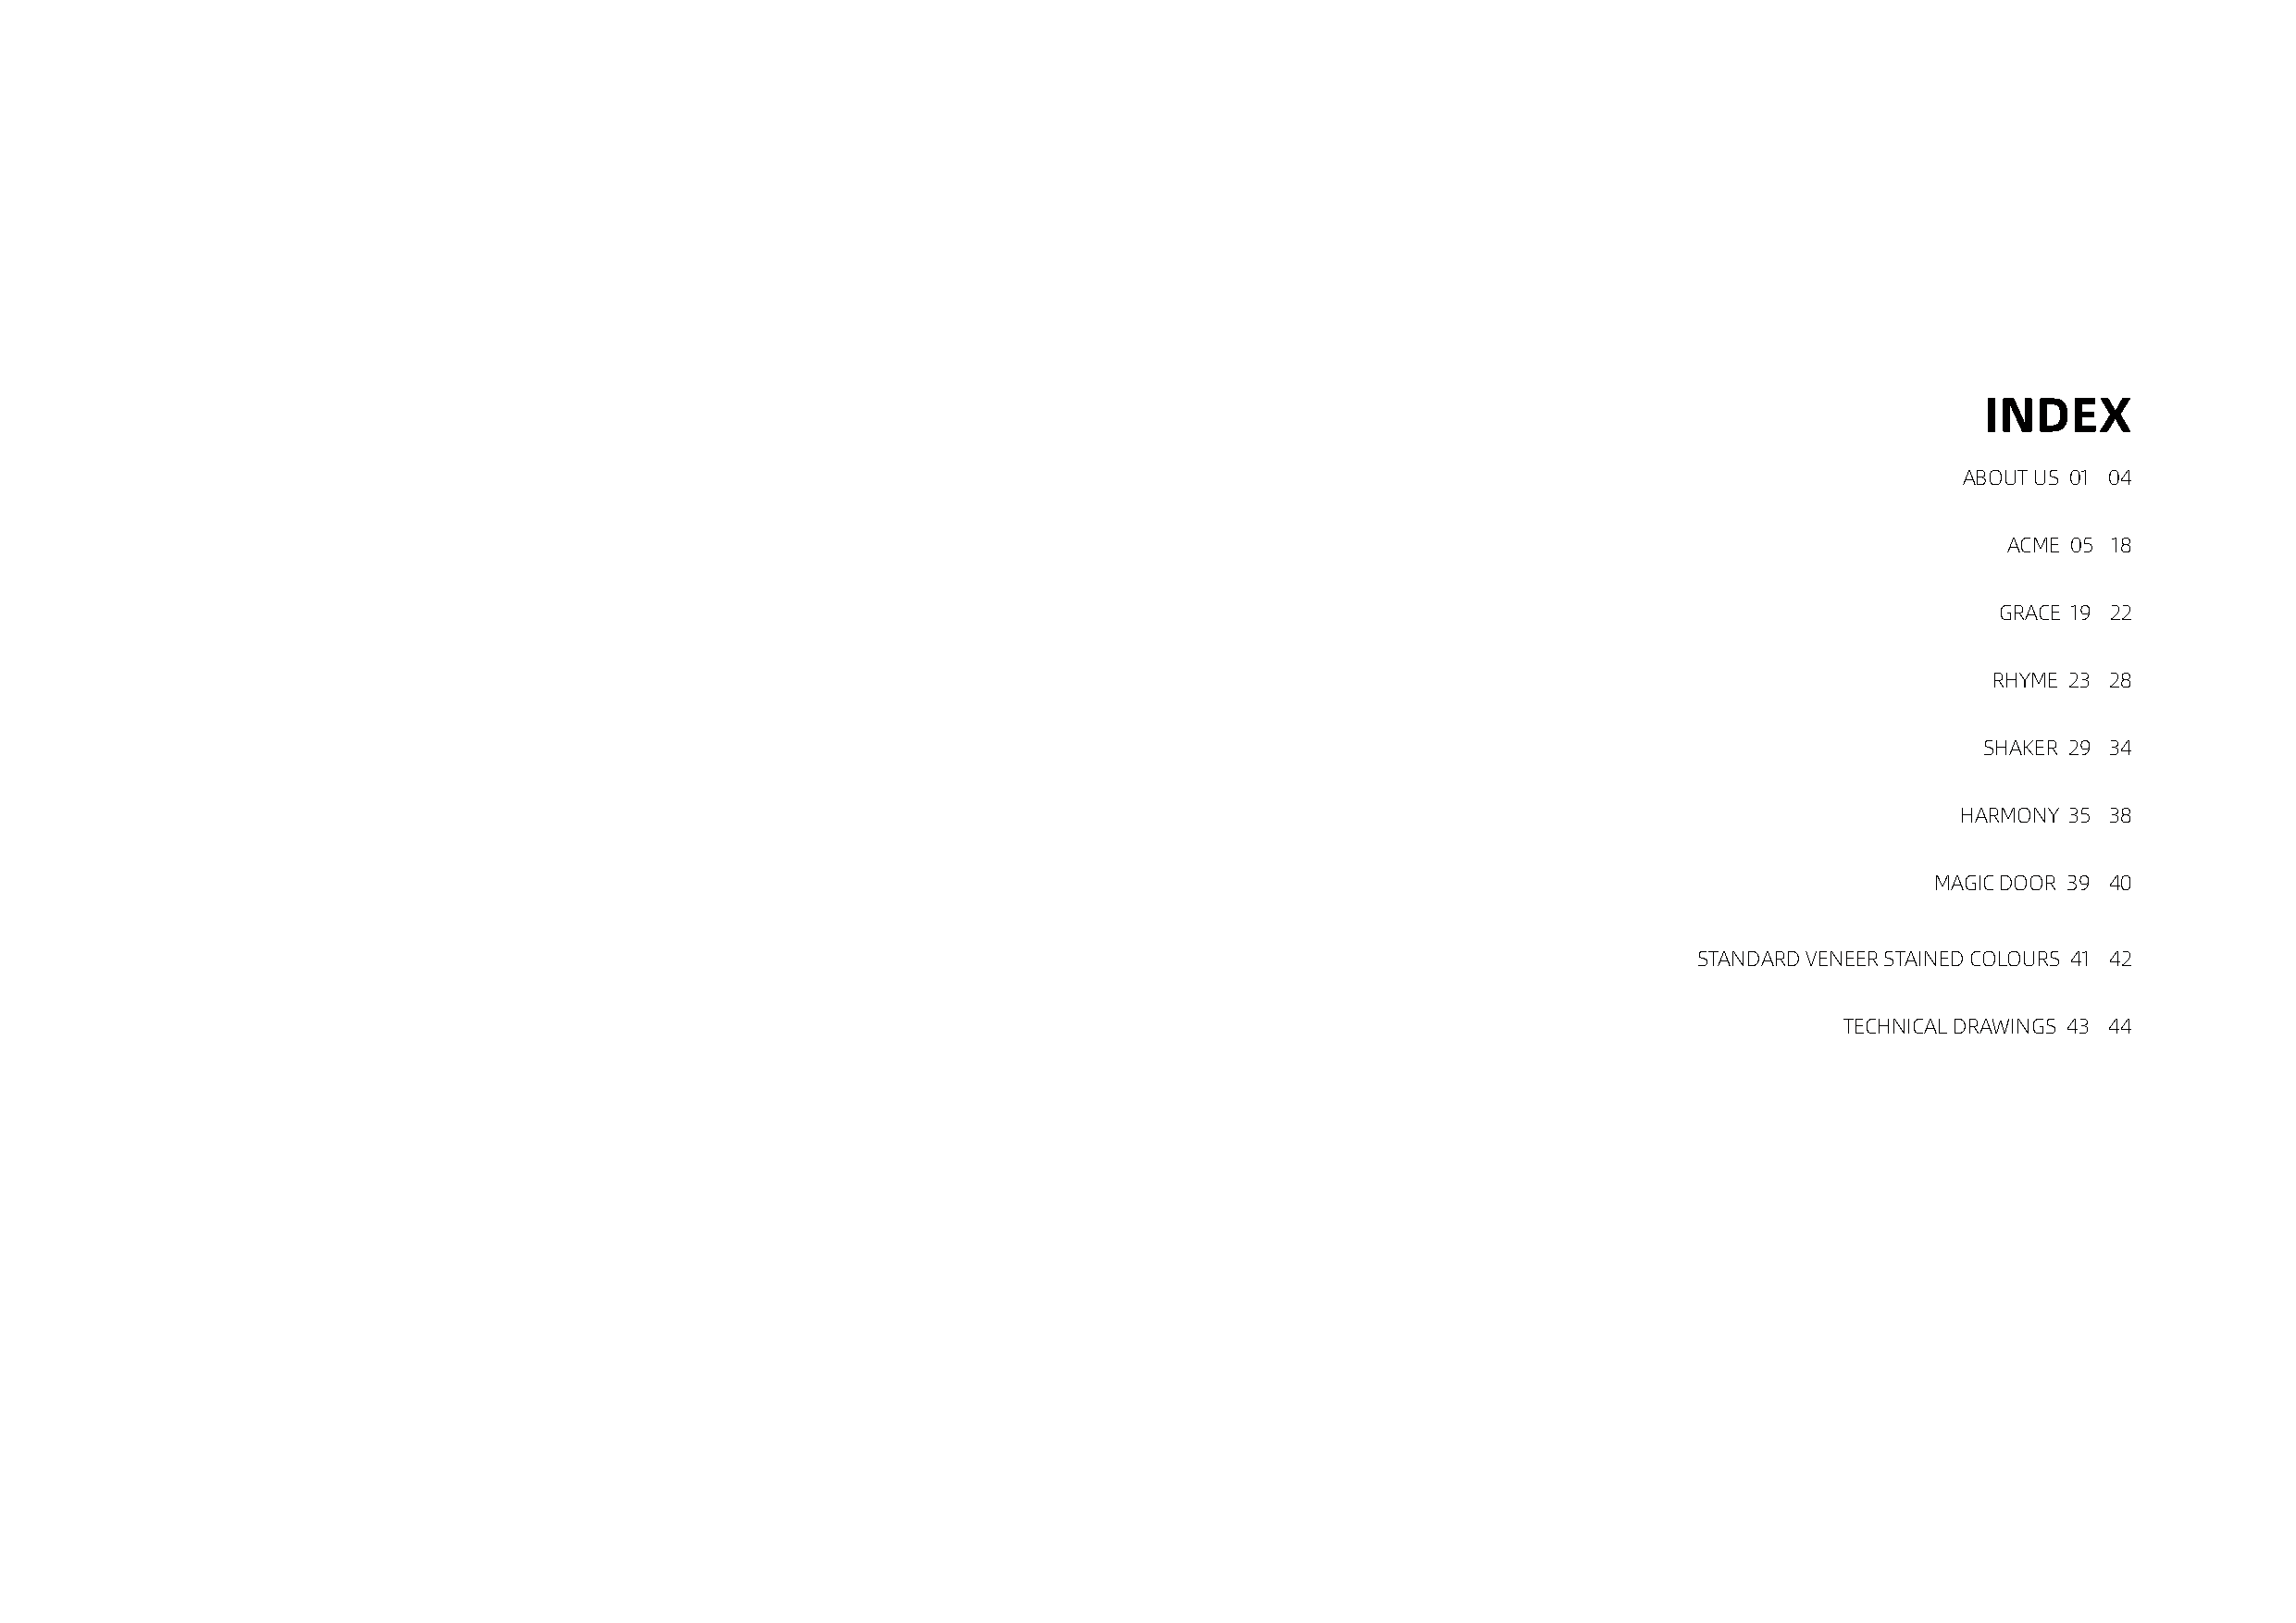
INDEX
 ABOUT US 01 - 04
 ACME 05 - 18
 GRACE 19 - 22
 RHYME 23 - 28
 SHAKER 29 - 34
 HARMONY 35 - 38
 MAGIC DOOR 39 - 40
 STANDARD VENEER STAINED COLOURS 41 - 42
 TECHNICAL DRAWINGS 43 - 44